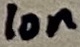
Text: 10n